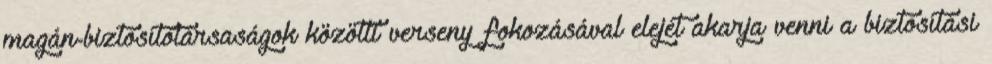
magán-biztosítótársaságok közötti verseny fokozásával elejét akarja venni a biztosítási